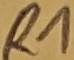
Text: R1